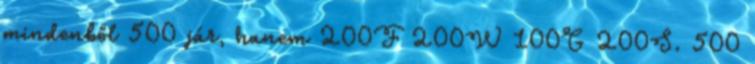
mindenből 500 jár, hanem 200F 200W 100G 200S. 500